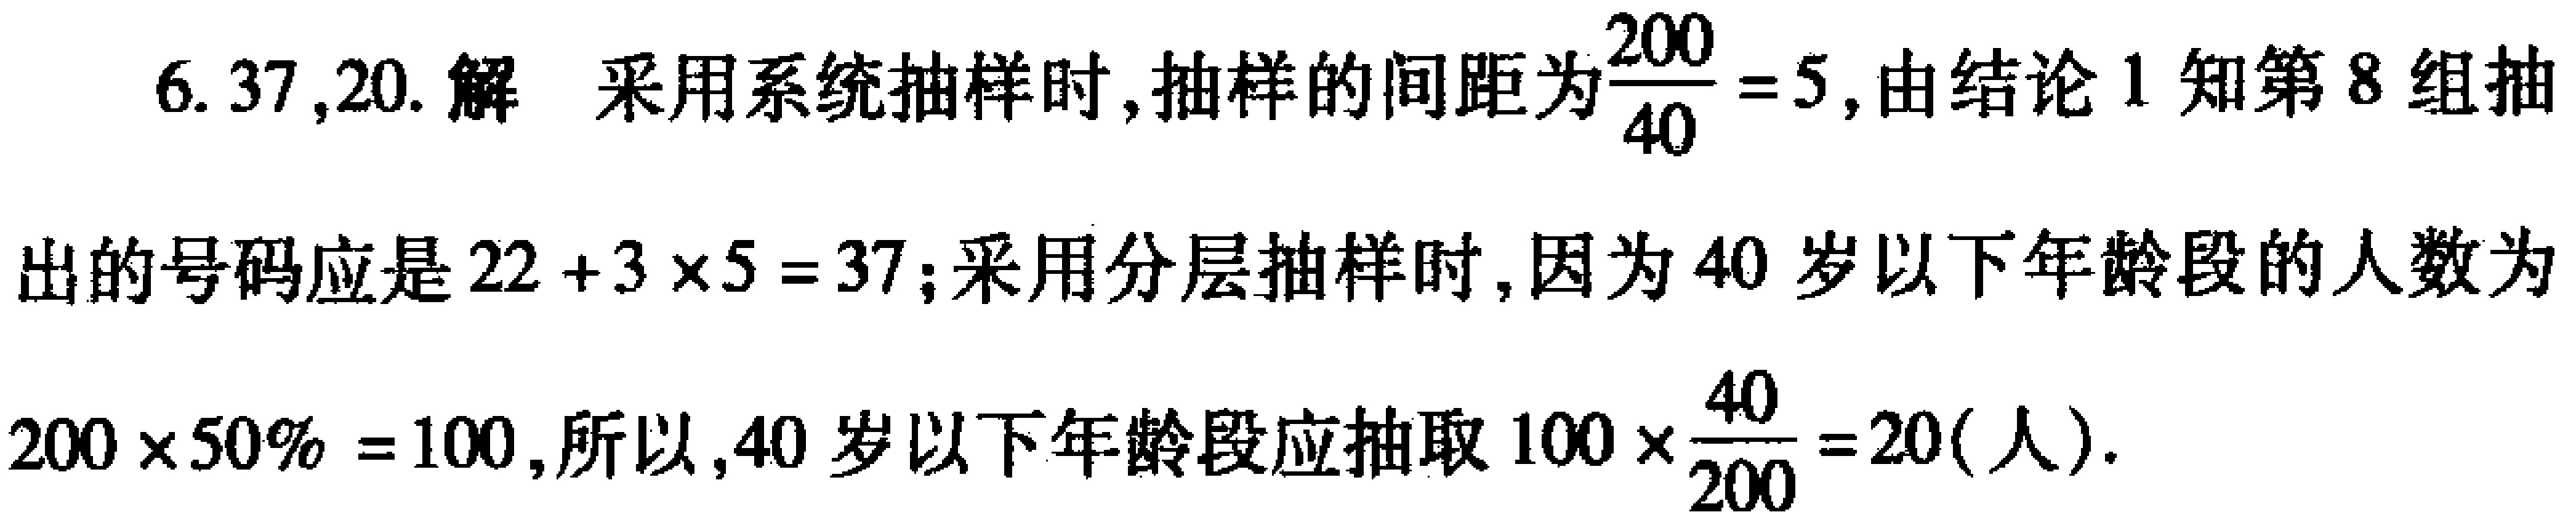
6. 37,20. 解 采用系统抽样时,抽样的间距为$\frac{200}{40}=5$,由结论1知第8组抽
出的号码应是$22 + 3\times5 = 37$;采用分层抽样时,因为40岁以下年龄段的人数为
$200\times50\% = 100$,所以,40岁以下年龄段应抽取$100\times\frac{40}{200}=20$(人).